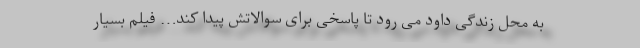
به محل زندگی داود می ‌رود تا پاسخی برای سوالاتش پیدا کند… فیلم بسیار